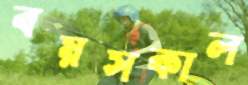
বয়সকাল